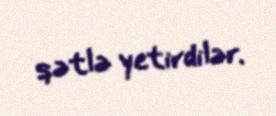
qətlə yetirdilər.